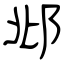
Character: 邶